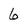
Character: 6